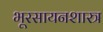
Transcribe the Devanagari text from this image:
भूरसायनशास्त्र